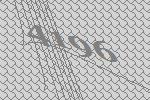
4196